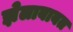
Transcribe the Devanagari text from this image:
झेलाबाबत